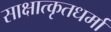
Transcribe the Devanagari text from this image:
साक्षात्कृतधर्मा